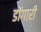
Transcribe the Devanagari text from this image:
डोंगारी